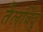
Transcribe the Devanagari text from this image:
तैलविंदु